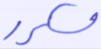
مكرر